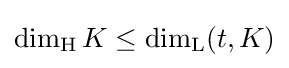
\dim _{\rm {H}}K\leq \dim _{\rm {L}}(t,K)